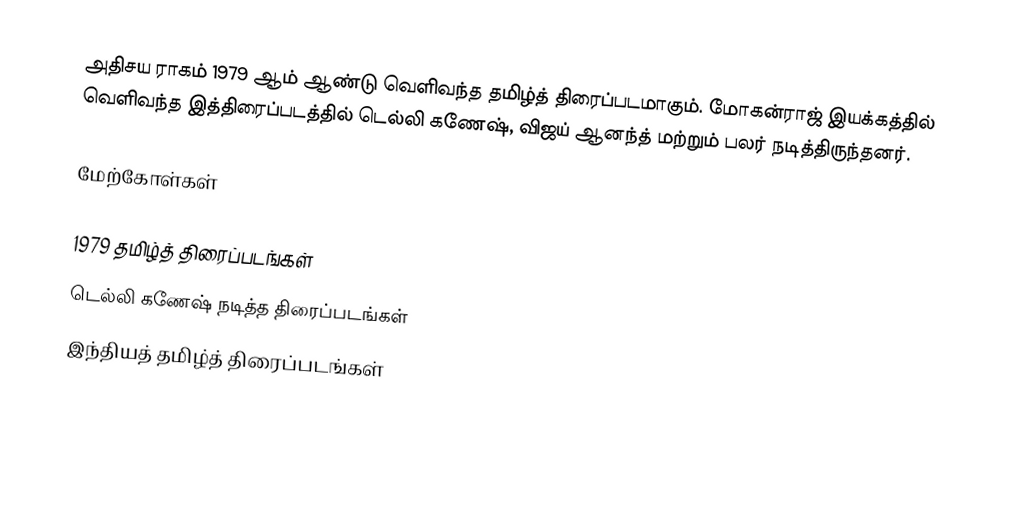
அதிசய ராகம் 1979 ஆம் ஆண்டு வெளிவந்த தமிழ்த் திரைப்படமாகும். மோகன்ராஜ் இயக்கத்தில் வெளிவந்த இத்திரைப்படத்தில் டெல்லி கணேஷ், விஜய் ஆனந்த் மற்றும் பலர் நடித்திருந்தனர்.

மேற்கோள்கள்

1979 தமிழ்த் திரைப்படங்கள்
டெல்லி கணேஷ் நடித்த திரைப்படங்கள்
இந்தியத் தமிழ்த் திரைப்படங்கள்